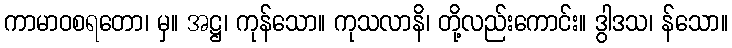
ကာမာဝစရတော၊ မှ။ အဋ္ဌ၊ ကုန်သော။ ကုသလာနိ၊ တို့လည်းကောင်း။ ဒွါဒသ၊ န်သော။